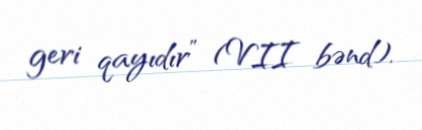
geri qayıdır” (VII bənd).